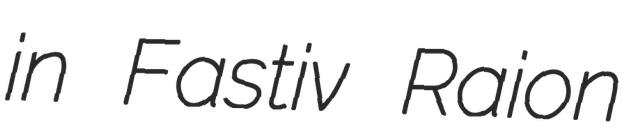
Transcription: in Fastiv Raion